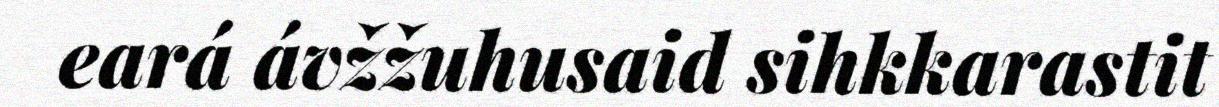
eará ávžžuhusaid sihkkarastit